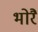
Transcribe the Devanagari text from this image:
भोरै